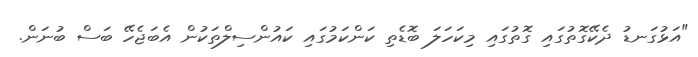
"އަޅުގަނޑު ދެކޭގޮތުގައި ގޮތުގައި މިކަހަލަ ބޮޑެތި ކަންކަމުގައި ކައުންސިލްތަކުން އެބަޖެހޭ ބަސް ބުނަން.